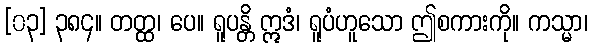
[၀၃] ၃၈၄။ တတ္ထ၊ ပေ။ ရူပန္တိ ဣဒံ၊ ရူပံဟူသော ဤစကားကို။ ကသ္မာ၊